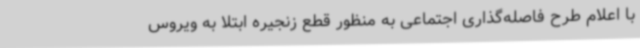
با اعلام طرح فاصله‌گذاری اجتماعی به منظور قطع زنجیره ابتلا به ویروس